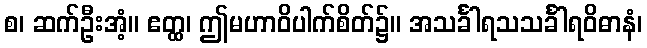
စ၊ ဆက်ဦးအံ့။ ဧတ္ထ၊ ဤမဟာဝိပါက်စိတ်၌။ အသင်္ခါရသသင်္ခါရဝိဓာနံ၊